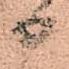
日